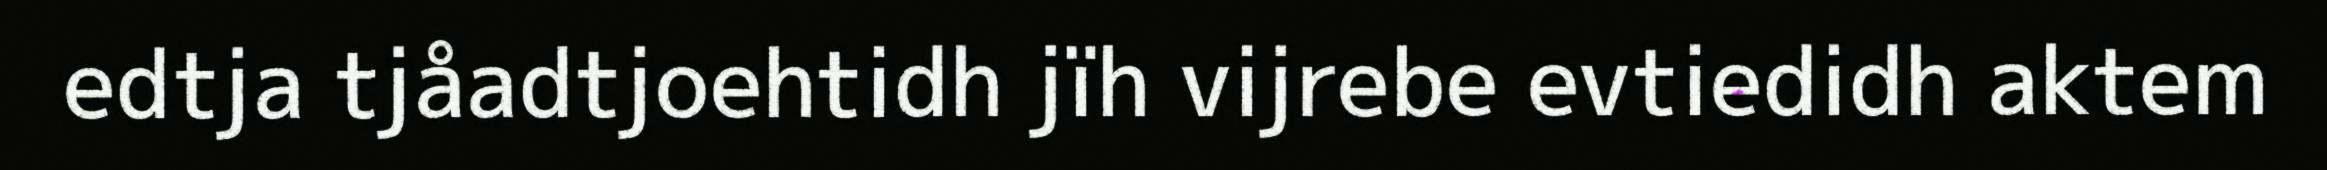
edtja tjåadtjoehtidh jïh vijrebe evtiedidh aktem